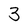
Character: 3